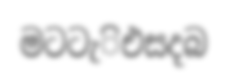
මටටැිඑසදබ